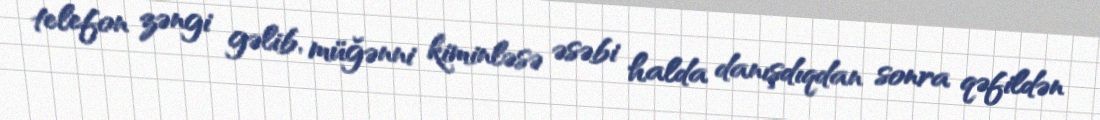
telefon zəngi gəlib, müğənni kiminləsə əsəbi halda danışdıqdan sonra qəfildən